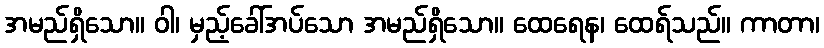
အမည်ရှိသော။ ဝါ၊ မှည့်ခေါ်အပ်သော အမည်ရှိသော။ ထေရေန၊ ထေရ်သည်။ ကာတာ၊